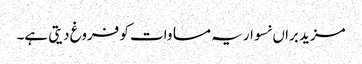
مزید براں نسوار یہ مساوات کو فروغ دیتی ہے۔